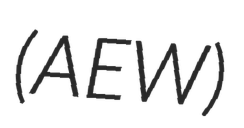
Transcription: (AEW)